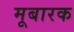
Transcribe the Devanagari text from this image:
मूबारक